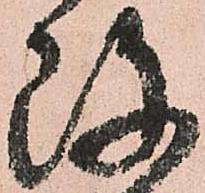
改